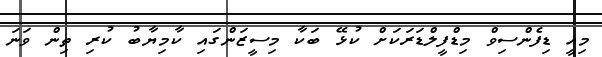
މިއީ ޑިފެންސިވް މިޑްފީލްޑަރަކަށް ކުޅޭ ބަކާ މިސީޒަންގައި ކާމިޔާބު ކުރި ތިން ވަނަ